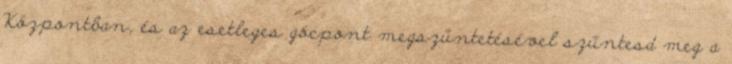
Központban, és az esetleges gócpont megszűntetésével szűntesd meg a